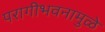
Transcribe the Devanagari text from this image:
परागीभवनामुळे